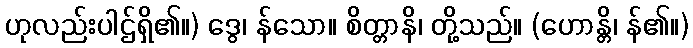
ဟုလည်းပါဌ်ရှိ၏။) ဒွေ၊ န်သော။ စိတ္တာနိ၊ တို့သည်။ (ဟောန္တိ၊ န်၏။)